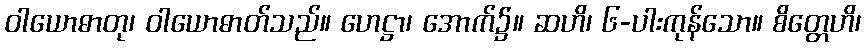
ဝါယောဓာတု၊ ဝါယောဓာတ်သည်။ ဟေဋ္ဌာ၊ အောက်၌။ ဆဟိ၊ ၆-ပါးကုန်သော။ စိတ္တေဟိ၊